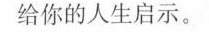
给你的人生启示。